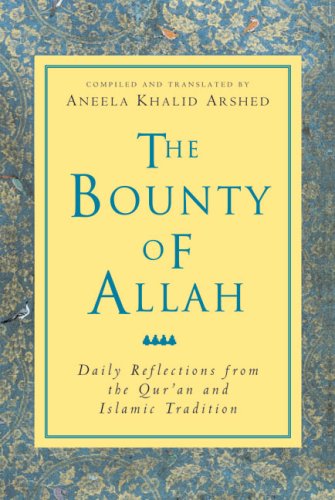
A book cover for The Bounty of Allah: Daily Reflections from the Qur'an and Islamic Tradition; Aneela Khalid Arshed; Religion & Spirituality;